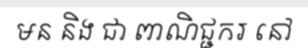
មន និង ជា ពាណិជ្ជករ នៅ